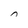
Character: n